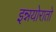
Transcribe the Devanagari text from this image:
इन्नयोरातो